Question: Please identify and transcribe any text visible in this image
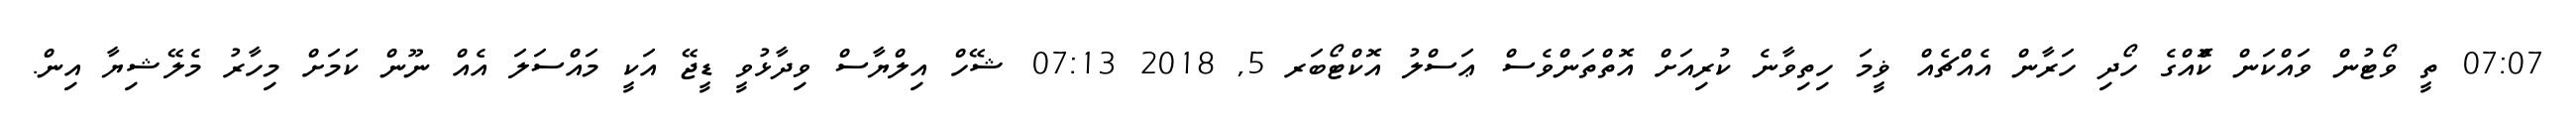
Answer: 07:07 ތީ ވޯޓުން ވައްކަން ކޮްއްގެ ހޯދި ހަރާން އެއްޗެއް ޥީމަ ހިތިވާނެ ކުރިއަށް އޮތްތަންވެސް ޢަސްލު އޮކްޓޯބަރ 5, 2018 07:13 ޝޭހް އިލްޔާސް ވިދާޅުވީ ޑީޖޭ އަކީ މައްސަލަ އެއް ނޫން ކަމަށް މިހާރު މެލޭޝިޔާ އިން.